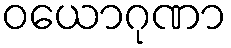
ဝယောဂုဏာ